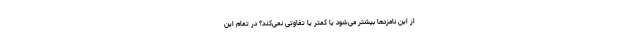
از این نامزدها بیشتر می‌شود یا کمتر یا تفاوتی نمی‌کند؟ در تمام این